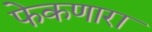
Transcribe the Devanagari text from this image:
फेकणारा